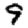
Digit: 9